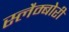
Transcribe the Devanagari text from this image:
स्लैम्बोरी